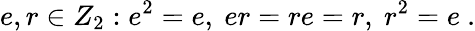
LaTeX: e,r\in Z_{2}:e^{2}=e,~er=re=r,~r^{2}=e~.